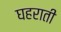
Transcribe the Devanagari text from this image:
घहराती